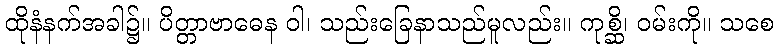
ထိုနံနက်အခါ၌။ ပိတ္တာဗာဓေန ဝါ၊ သည်းခြေနာသည်မူလည်း။ ကုစ္ဆိ၊ ဝမ်းကို။ သစေ